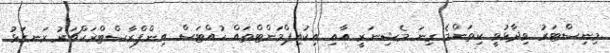
މިނިސްޓަރު ވިދާޅުވީ ކިތަންމެ ގިނަ މެޝިނަރީ އާއި އިކުއިޕްމަންޓްތައް ހުއްޓަސް އިންފްރާސްޓްރަކްޗަރު ރަނގަޅު